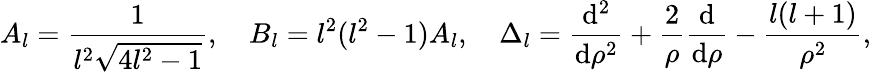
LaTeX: A_{l}=\frac{1}{l^{2}\sqrt{4l^{2}-1}},\quad B_{l}=l^{2}(l^{2}-1)A_{l},\quad\Delta_{l}=\frac{\mathrm{d}^{2}}{\mathrm{d}\rho^{2}}+\frac{2}{\rho}\frac{\mathrm{d}}{\mathrm{d}\rho}-\frac{l(l+1)}{\rho^{2}},